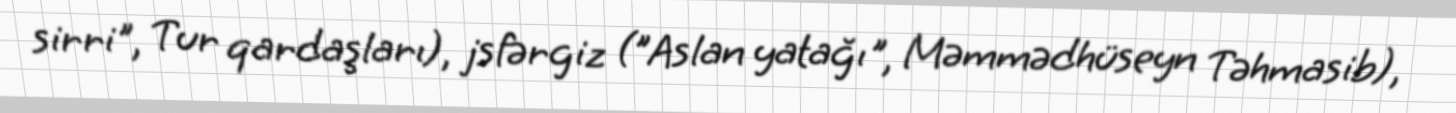
sirri", Tur qardaşları), jsfərgiz ("Aslan yatağı", Məmmədhüseyn Təhmasib),